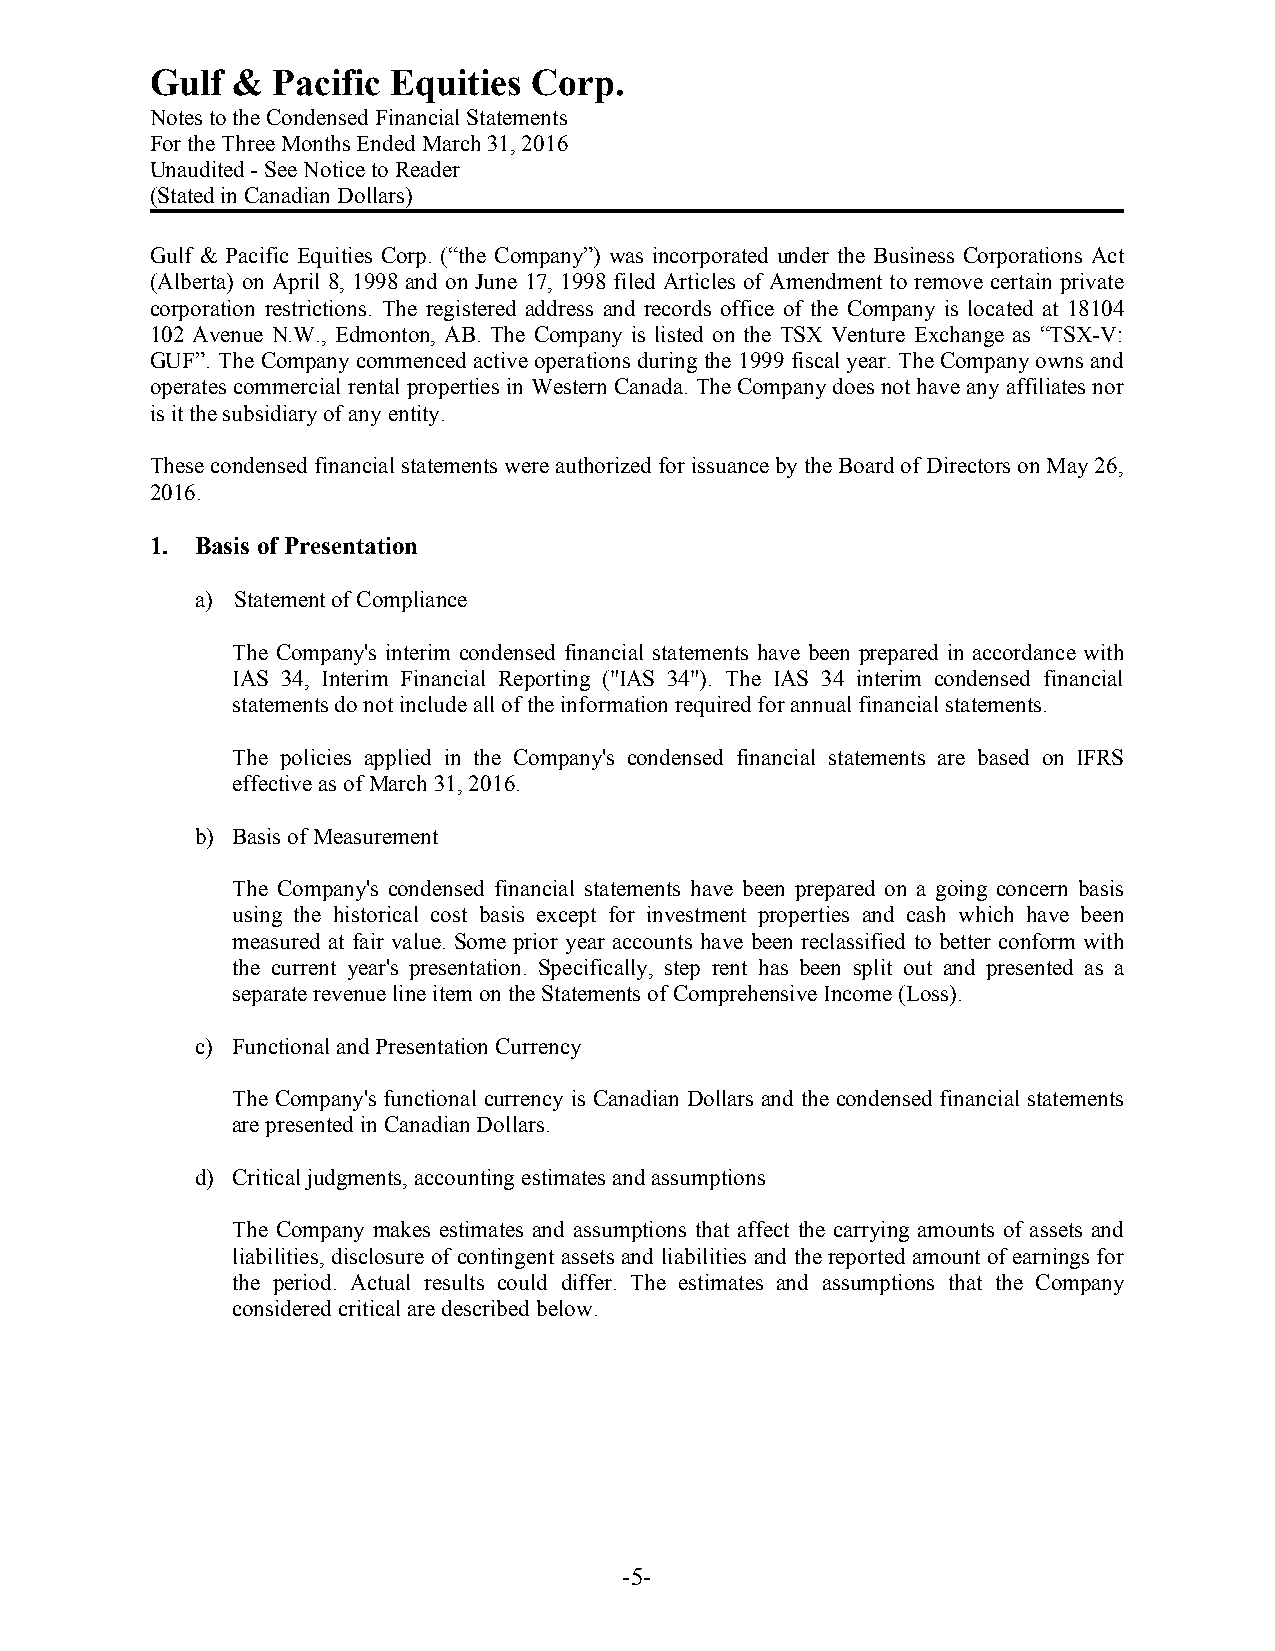
Gulf &  Pacific Equities Corp.
 Notes to the Condensed Financial Statements
 For the Three Months Ended March 31, 2016
 Unaudited - See Notice to Reader
 (Stated in Canadian Dollars)
 Gulf & Pacific Equities Corp. (“the Company”) was incorporated under the Business Corporations Act
 (Alberta) on April 8, 1998 and on June 17, 1998 filed Articles of Amendment to remove certain private
 corporation restrictions. The registered address and records office of the Company is located at 18104
 102 Avenue N.W., Edmonton, AB. The Company is listed on the TSX Venture Exchange as “TSX-V:
 GUF”. The Company commenced active operations during the 1999 fiscal year. The Company owns and
 operates commercial rental properties in Western Canada. The Company does not have any affiliates nor
 is it the subsidiary of any entity.
 These condensed financial statements were authorized for issuance by the Board of Directors on May 26,
 2016.
 1. Basis of Presentation
 a) Statement of Compliance
 The Company's interim condensed financial statements have been prepared in accordance with
 IAS 34, Interim Financial Reporting ("IAS 34"). The IAS 34 interim condensed financial
 statements do not include all of the information required for annual financial statements.
 The policies applied in the Company's condensed financial statements are based on IFRS
 effective as of March 31, 2016.
 b) Basis of Measurement
 The Company's condensed financial statements have been prepared on a going concern basis
 using the historical cost basis except for investment properties and cash which have been
 measured at fair value. Some prior year accounts have been reclassified to better conform with
 the current year's presentation. Specifically, step rent has been split out and presented as a
 separate revenue line item on the Statements of Comprehensive Income (Loss).
 c) Functional and Presentation Currency
 The Company's functional currency is Canadian Dollars and the condensed financial statements
 are presented in Canadian Dollars.
 d) Critical judgments, accounting estimates and assumptions
 The Company makes estimates and assumptions that affect the carrying amounts of assets and
 liabilities, disclosure of contingent assets and liabilities and the reported amount of earnings for
 the period. Actual results could differ. The estimates and assumptions that the Company
 considered critical are described below.
 -5-